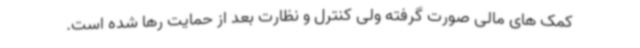
کمک های مالی صورت گرفته ولی کنترل و نظارت بعد از حمایت رها شده است.